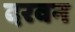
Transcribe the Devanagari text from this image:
दरवन